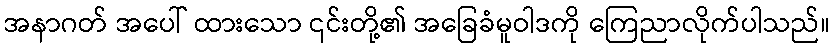
အနာဂတ် အပေါ် ထားသော ၎င်းတို့၏ အခြေခံမူဝါဒကို ကြေညာလိုက်ပါသည်။